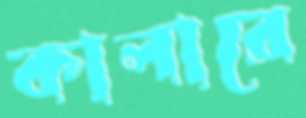
কালারে